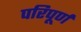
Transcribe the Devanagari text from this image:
परिपूर्ण